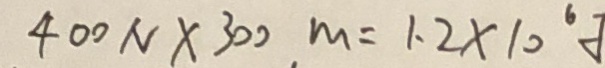
4 0 0 N \times 3 0 0 m = 1 . 2 \times 1 0 ^ { 6 }